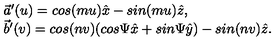
\begin{array} { l } { \vec { a } ^ { \prime } ( u ) = c o s ( m u ) \hat { x } - s i n ( m u ) \hat { z } , } \\ { \vec { b } ^ { \prime } ( v ) = c o s ( n v ) ( c o s \Psi \hat { x } + s i n \Psi \hat { y } ) - s i n ( n v ) \hat { z } . } \\ \end{array}